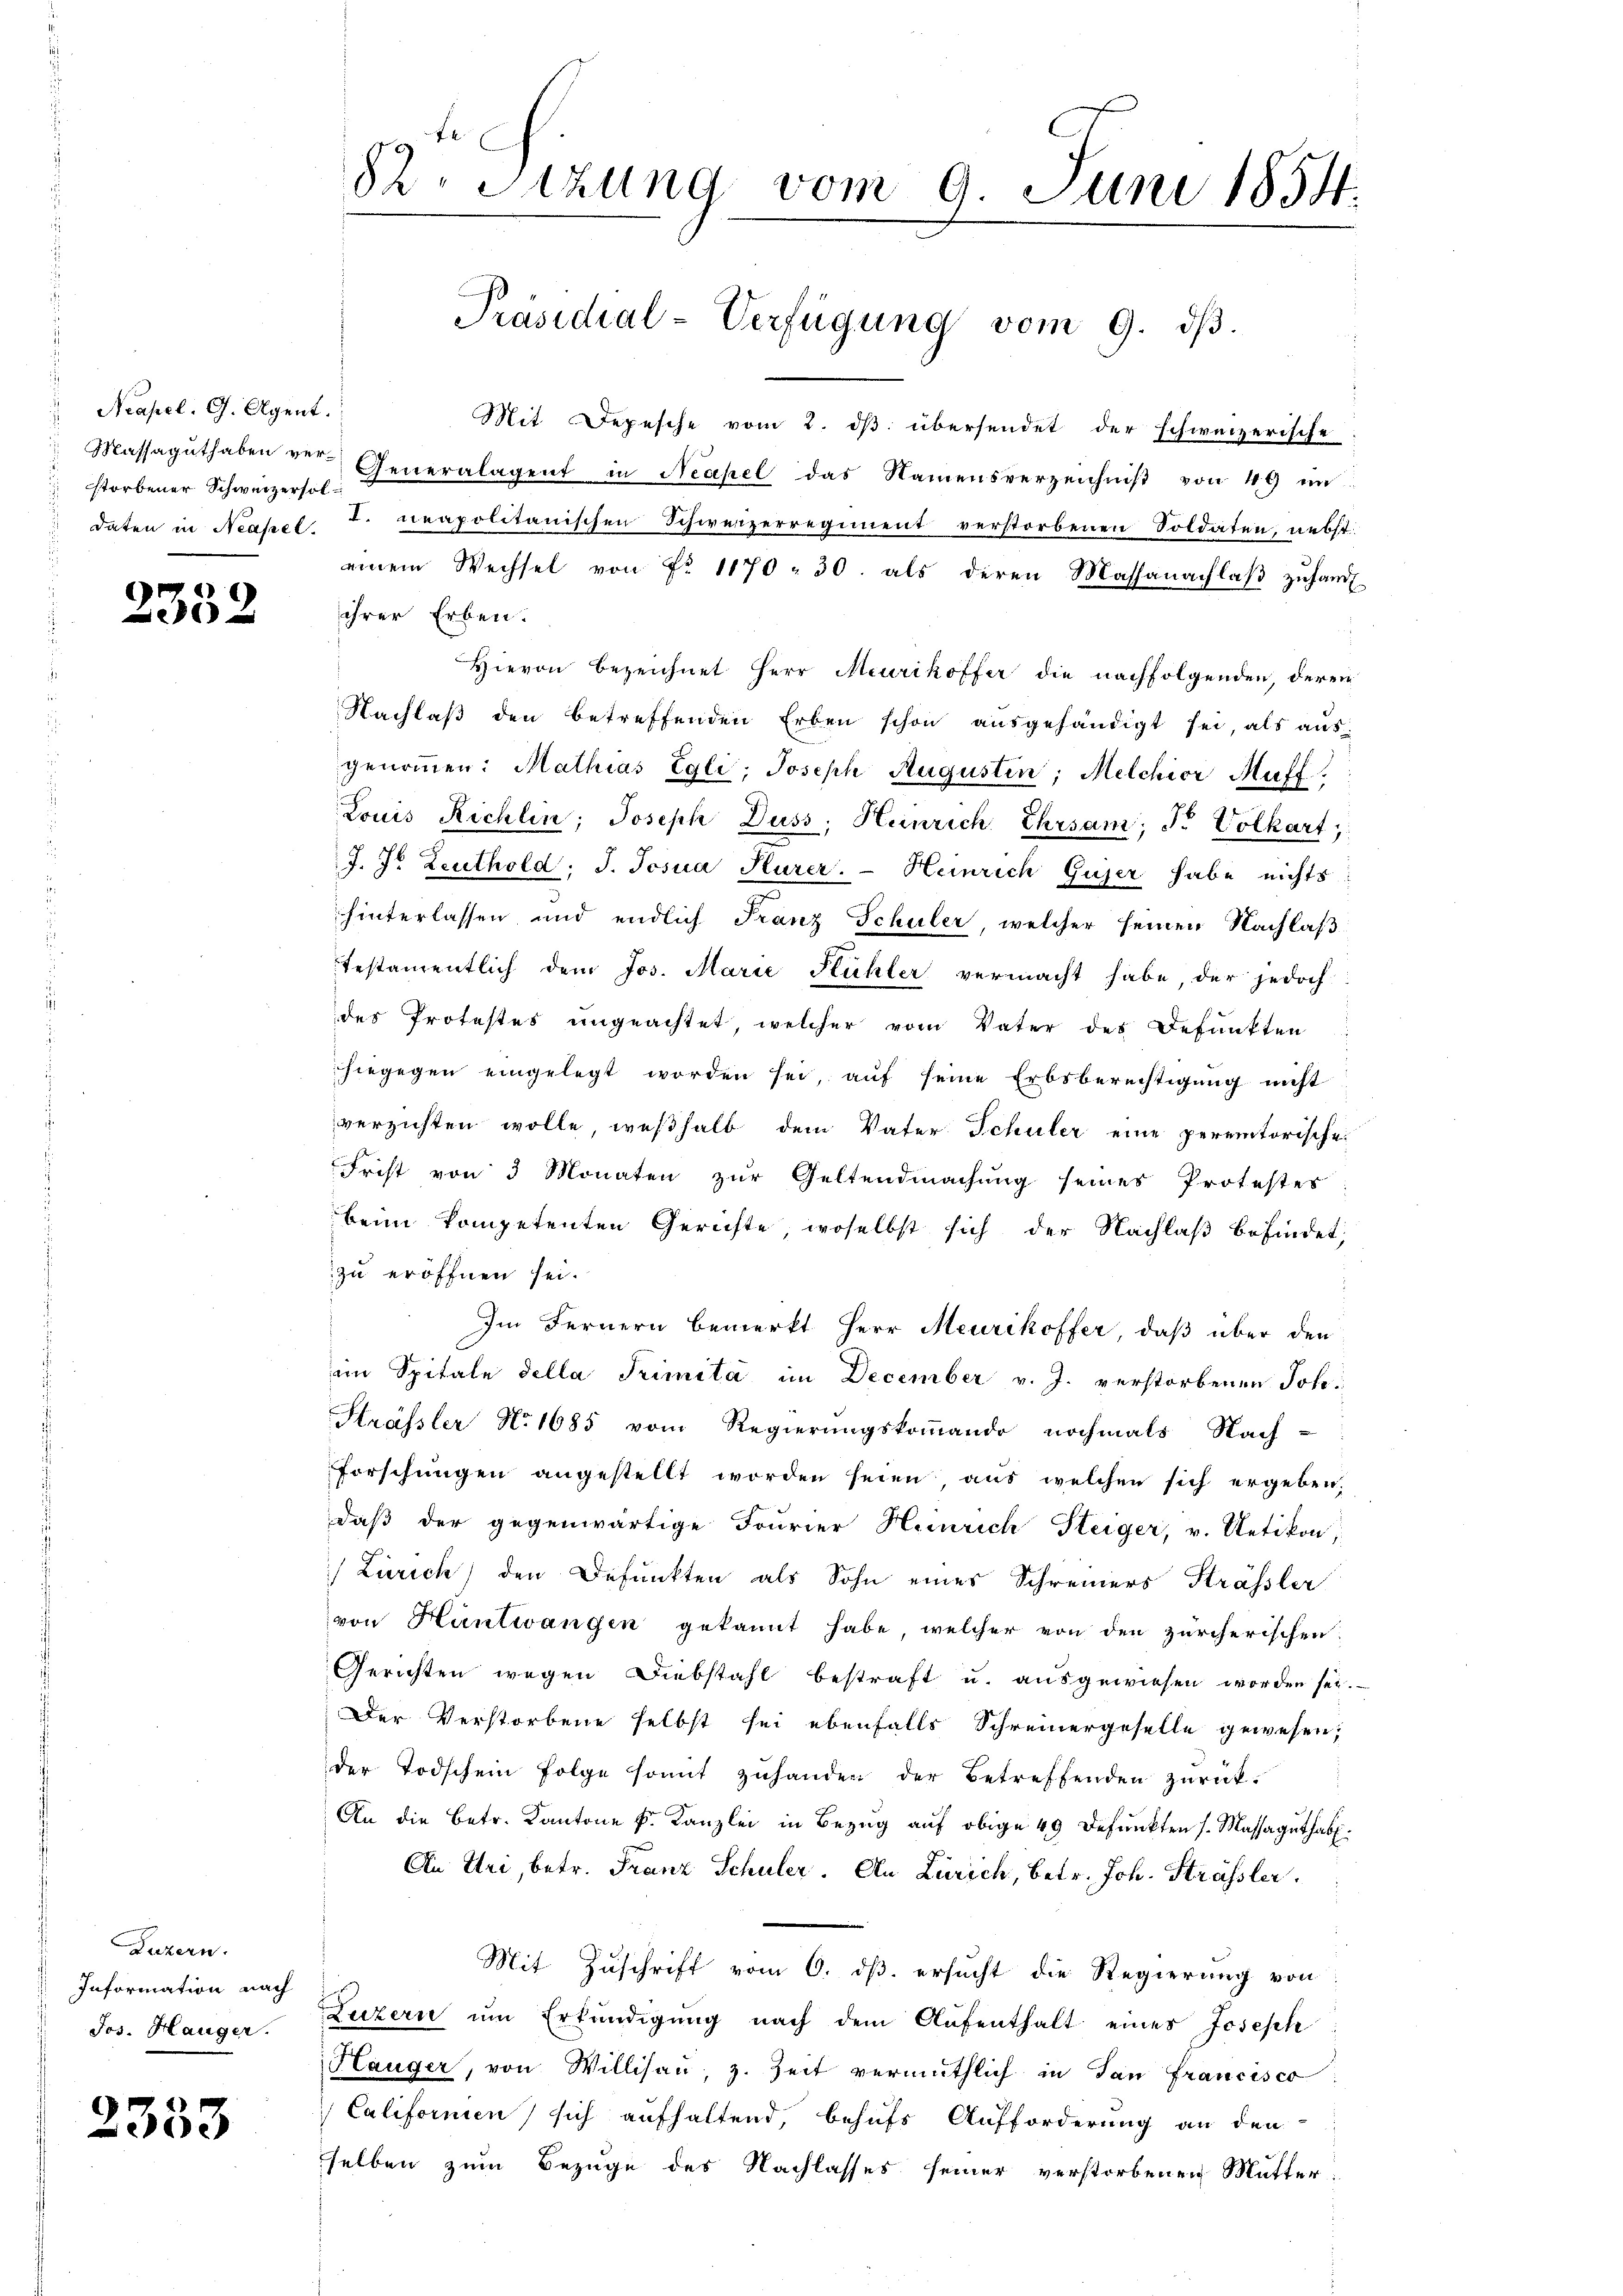
Neapel, G. Agent.
storbener Schweizersol

2352

Luzern.
Information nach
Jos. Hanger.

2333

u
82. Sitzung vom 9. Juni 1854.

Mit Depesche vom 2. dβ übersendet der schweizerische
Massaguthaben ver- Generalagent in Neapel das Namensverzeichniβ von 49 in
daten in Neapel, T. neapolitanischen Schweizerregiment verstorbenen Soldaten, nebst
einem Wechsel von Fr. 1170 - 30. als deren Massanachlaβ zŭ handl
ihrer Erben.
Hievon bezeichnet Herr Meurikoffer die nachfolgenden, deren
Nachlaß den betreffenden Erben schon ausgehändigt sei, als aus
genoṁen: Mathias Egli, Joseph Augustin, Melchior Muff
Louis Richlin, Joseph Duss, Heinrich Ehrsam, dr Volkart,
J. J. Leuthold, J. Josua Hurer. - Heinrich Gujer habe nichts:
hinterlassen und endlich Franz Schuler, welcher seinen Nachlaß
Testamentlich dem Jos. Marie Stühler vermacht habe, der jedoch
des Protestes ungeachtet, welcher vom Vater des Befunkten
hiegegen eingelegt worden sei, auf seine Erbsberechtigung nicht
verzichten wolle, weßhalb dem Vater Schuler eine peremtorische
Frist von 3 Monaten zur Geltendmachung seines Protestes
beim kompetenten Gerichte, woselbst sich der Nachlaß befindet,
zu eröffnen sei.
Im Fernern bemerkt Herr Meurikoffer, daß über den
im Spitale della Trimita im December v. J. verstorbenen Joh.
Hrässler No 1685 vom Regierungskommando nochmals Nach-
Forschungen angestellt worden seien, aus welchen sich ergeben,
daß der gegenwärtige Fourier Heinrich Steiger, v. Uetikon,
) Zürich) den Befunkten als Sohn eines Schreiners Strässler
von Hüntwangen gekannt habe, welcher von den zürcherischen
Gerichten wegen Diebstahl bestraft u. ausgewiesen worden sei.
Der Verstorbene selbst sei ebenfalls Schreinergeselle gewesen;
der Todschein Folge somit zuhandern der Betreffenden zurück-
An die Betr. Kantone k. Kanzlei in Bezug auf obige 49 defunkten s. Massaguthabe.
An Uri, betr. Franz Schuler. An Zürich, betr. Joh. Strassler,
Mit Zuschrift vom 6. ds. ersucht die Regierung von
Luzern um Erkundigung nach dem Aufenthalt eines Joseph
Hauger, von Willisau, z. Zeit vermuthlich in San Francisco
Californien) sich aufhaltend, behufs Aufforderung an den
selben zum Bezuge des Nachlasses seiner verstorbenen Mutter

Präsidial-Verfügung vom 9. dβ.